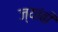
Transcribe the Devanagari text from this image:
ज्यांबी